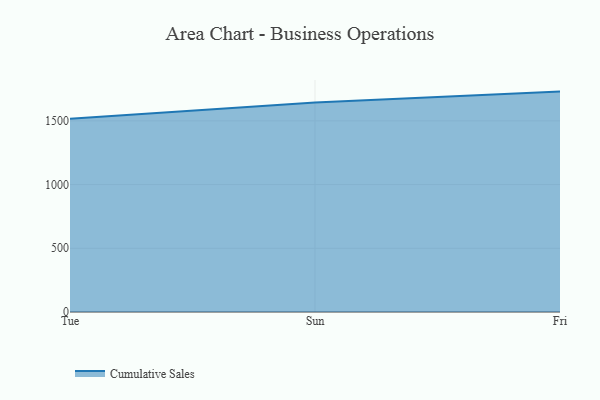
{"axis": {"x": "Day", "y": "Page Views"}, "legend": ["Cumulative Sales"], "data": [{"x": "Tue", "y": 1516.3, "type": "Cumulative Sales"}, {"x": "Sun", "y": 1643.9, "type": "Cumulative Sales"}, {"x": "Fri", "y": 1729.7, "type": "Cumulative Sales"}]}